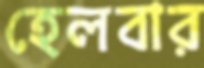
হেলবার